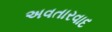
અવતારવાદ